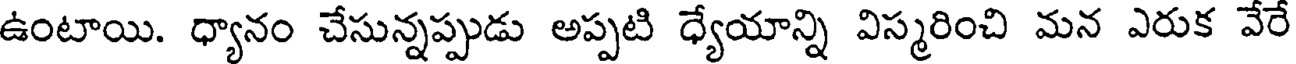
ఉంటాయి. ధ్యానం చేసున్నప్పుడు అప్పటి ధ్యేయాన్ని విస్మరించి మన ఎరుక వేరే